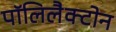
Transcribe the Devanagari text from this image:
पॉलिलैक्टोन